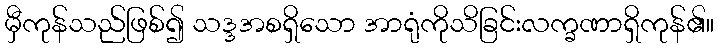
မှီကုန်သည်ဖြစ်၍ သဒ္ဒအစရှိသော အာရုံကိုသိခြင်းလက္ခဏာရှိကုန်၏။